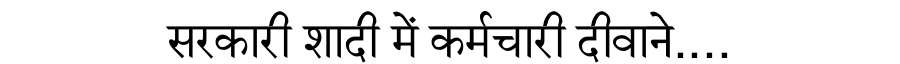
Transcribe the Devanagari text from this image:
सरकारी शादी में कर्मचारी दीवाने....